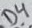
Text: D4